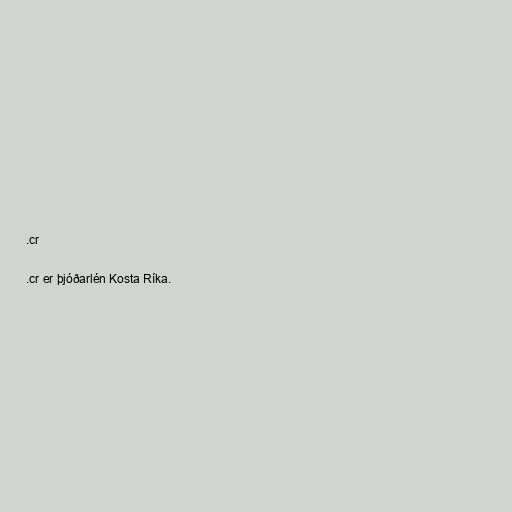
.cr

.cr er þjóðarlén Kosta Ríka.